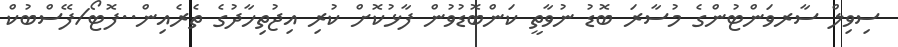
ސިވިލް ސާރވަންޓުންގެ މުސާރަ ބޮޑު ނުވާތީ ކަންބޮޑުވުން ފާޅުކޮށް ކުރި އިޖުތިހާދުގެ ތެރެއިން..ފޮޓޯ/ފޭސްބުކް